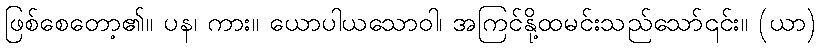
ဖြစ်စေတော့၏။ ပန၊ ကား။ ယောပါယသောဝါ၊ အကြင်နို့ထမင်းသည်သော်၎င်း။ (ယာ)